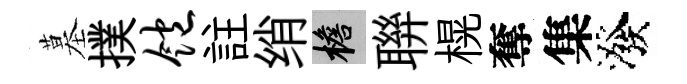
墓撲饱註绡檐聨榥奪集潑